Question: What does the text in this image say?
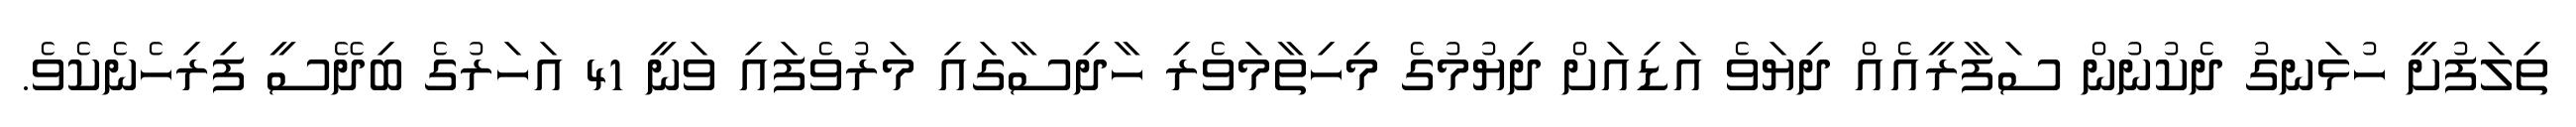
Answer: ތިލަފުށީ ހުޅަނގު ދެކުނުން ސަފާރީއެއް ދިޔަވެ އަޑިއަށް ދިޔުމުގެ މިހިތާމަވެރި ހާދިސާގައި މަރުވެފައި ވަނީ 41 އަހަރުގެ ބިދޭސީ ފިރިހެނެކެވެ.